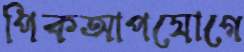
পিকআপযোগে